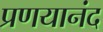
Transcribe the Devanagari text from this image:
प्रणयानंद